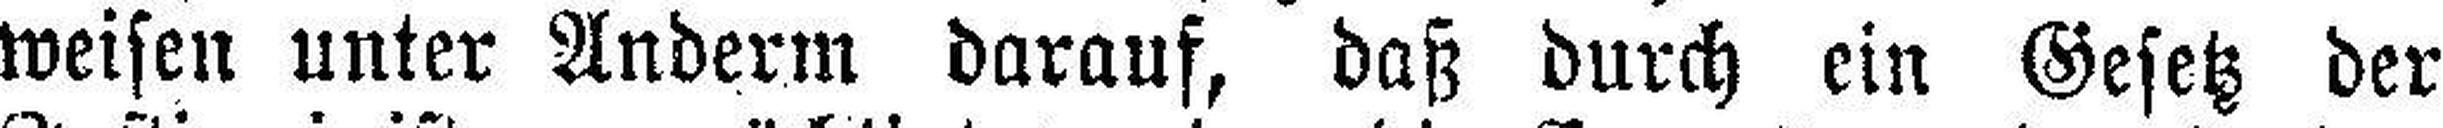
weisen unter Anderm darauf, daß durch ein Gesetz der